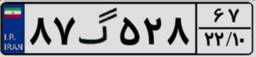
۸۸گ۰۳۲۶۹